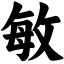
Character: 敏